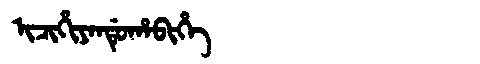
Manchu: ᡳᠴᡳᡥᡳᠶᠠᠨᡩᡠᡥᠠᠪᡳᡥᡝ
Romanization: ICIHIYANDUHABIHE